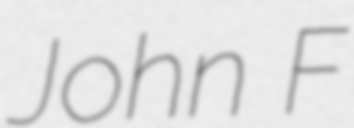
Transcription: John F